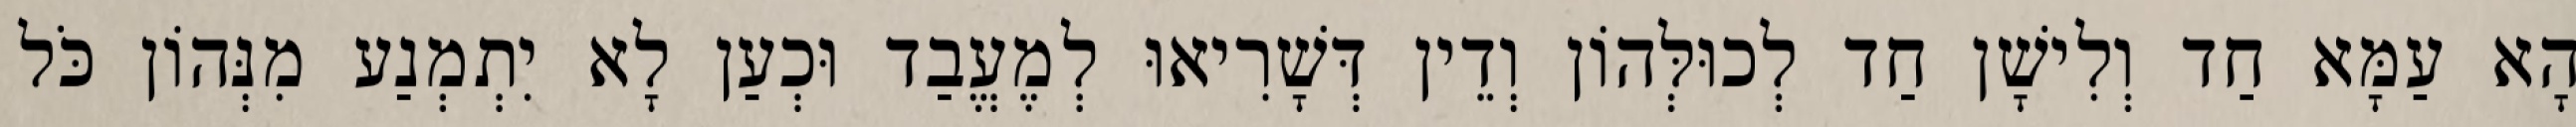
הָא עַמָּא חַד וְלִישָׁן חַד לְכוּלְּהוֹן וְדֵין דְּשָׁרִיאוּ לְמֶעֱבַד וּכְעַן לָא יִתְמְנַע מִנְּהוֹן כֹּל